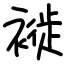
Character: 褷